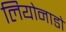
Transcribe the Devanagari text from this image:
लियोनाडो